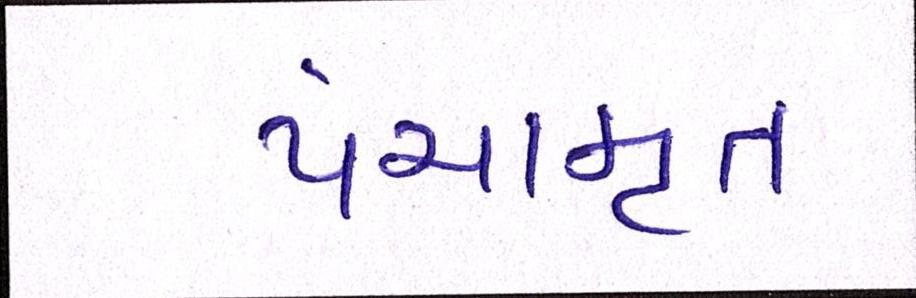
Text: પંચામૃત